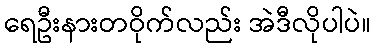
ရေဦးနားတဝိုက်လည်း အဲဒီလိုပါပဲ။